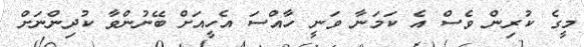
މީގެ ކުރިން ވެސް އެ ކަމަނާ ވަނީ ހާއްސަ އެހީއަށް ބޭނުންވާ ކުދިންނަށް